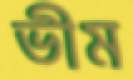
ভীম